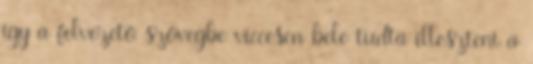
így a felvezető szövegbe viccesen bele tudta illeszteni a